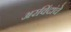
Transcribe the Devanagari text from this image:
अरविंदांचे